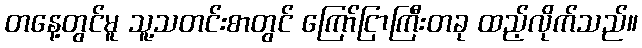
တနေ့တွင်မူ သူ့သတင်းစာတွင် ကြော်ငြာကြီးတခု ထည့်လိုက်သည်။